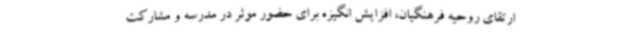
ارتقای روحیه فرهنگیان، افزایش انگیزه برای حضور موثر در مدرسه و مشارکت